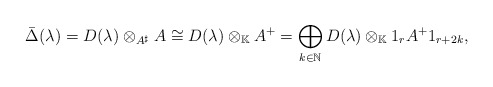
\begin{align*} \bar \Delta(\lambda)=D(\lambda) \otimes _{A^\sharp}A\cong D(\lambda)\otimes_{\mathbb K} A^+=\bigoplus _{k\in\mathbb N} D(\lambda) \otimes_{\mathbb K} 1_{r}A^+1_{r+2k},\end{align*}